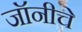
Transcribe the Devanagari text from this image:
जॉनीचे